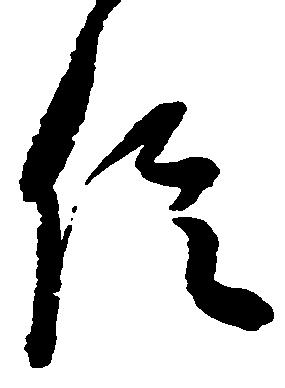
信